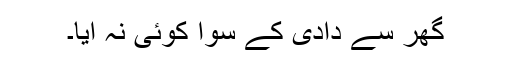
گھر سے دادی کے سوا کوئی نہ آیا۔